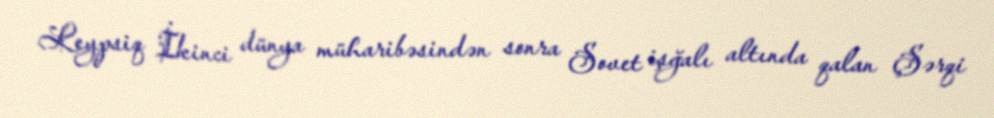
Leypsiq İkinci dünya müharibəsindən sonra Sovet işğalı altında qalan Şərqi